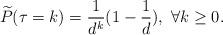
LaTeX: \begin{align*}\widetilde{P}(\tau=k)=\frac{1}{d^k}(1-\frac{1}{d}),\ \forall k\geq0.\end{align*}